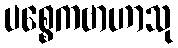
ပစ္စေကဗာဟာသု